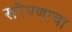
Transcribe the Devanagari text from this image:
खरेपणाचा